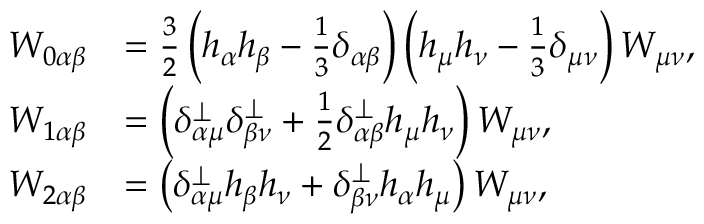
\begin{array} { r l } { W _ { 0 \alpha \beta } } & { = \frac { 3 } { 2 } \left( h _ { \alpha } h _ { \beta } - \frac { 1 } { 3 } \delta _ { \alpha \beta } \right) \left( h _ { \mu } h _ { \nu } - \frac { 1 } { 3 } \delta _ { \mu \nu } \right) W _ { \mu \nu } , } \\ { W _ { 1 \alpha \beta } } & { = \left( \delta _ { \alpha \mu } ^ { \perp } \delta _ { \beta \nu } ^ { \perp } + \frac { 1 } { 2 } \delta _ { \alpha \beta } ^ { \perp } h _ { \mu } h _ { \nu } \right) W _ { \mu \nu } , } \\ { W _ { 2 \alpha \beta } } & { = \left( \delta _ { \alpha \mu } ^ { \perp } h _ { \beta } h _ { \nu } + \delta _ { \beta \nu } ^ { \perp } h _ { \alpha } h _ { \mu } \right) W _ { \mu \nu } , } \end{array}